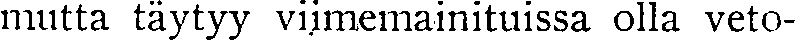
mutta täytyy viimemainituissa olla veto-